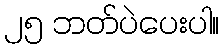
၂၅ ဘတ်ပဲပေးပါ။